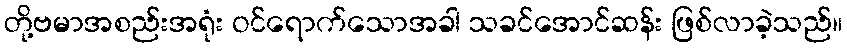
တို့ဗမာအစည်းအရုံး ဝင်ရောက်သောအခါ သခင်အောင်ဆန်း ဖြစ်လာခဲ့သည်။